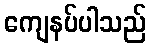
ကျေနပ်ပါသည်